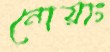
নোয়াং